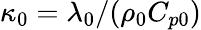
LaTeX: \kappa_{0}=\lambda_{0}/(\rho_{0}C_{p0})